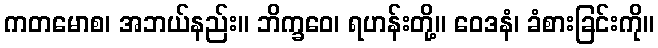
ကတမောစ၊ အဘယ်နည်း။ ဘိက္ခဝေ၊ ရဟန်းတို့။ ဝေဒနံ၊ ခံစားခြင်းကို။